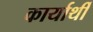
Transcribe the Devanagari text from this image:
कार्यार्थी